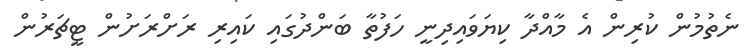
ނެތުމުން ކުރިން އެ މާއްދާ ކިޔަވައިދިނީ ހަފުތާ ބަންދުގައި ކައިރި ރަށްރަށުން ޓީޗަރުން